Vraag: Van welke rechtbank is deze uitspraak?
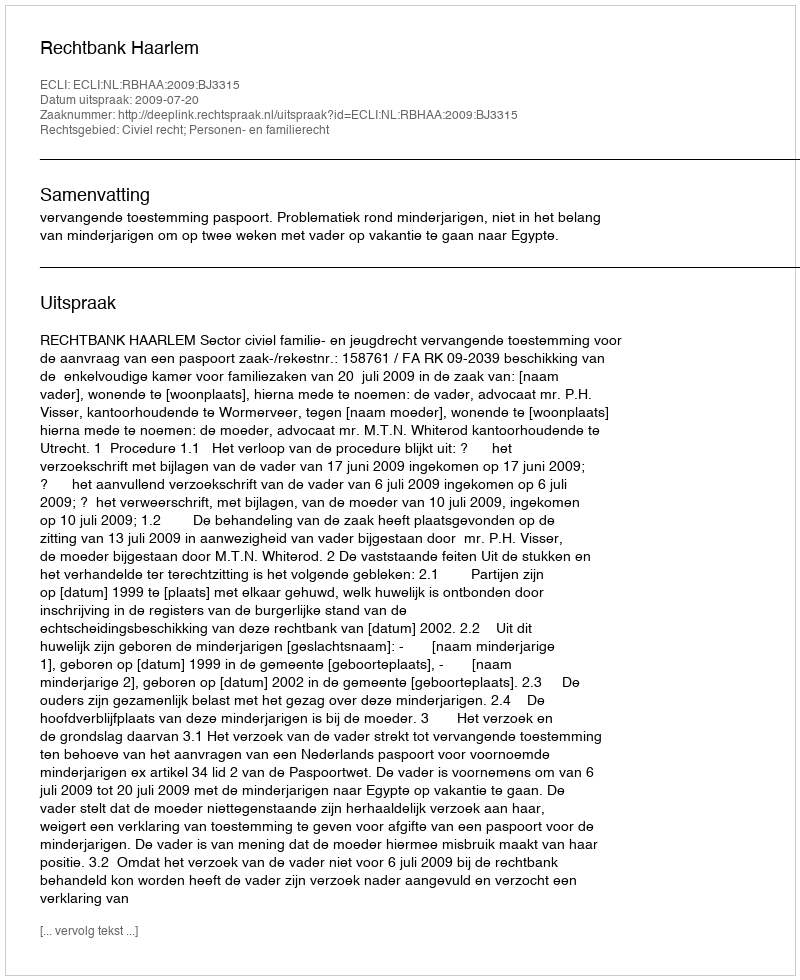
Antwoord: Rechtbank Haarlem